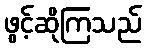
ဖွင့်ဆိုကြသည်